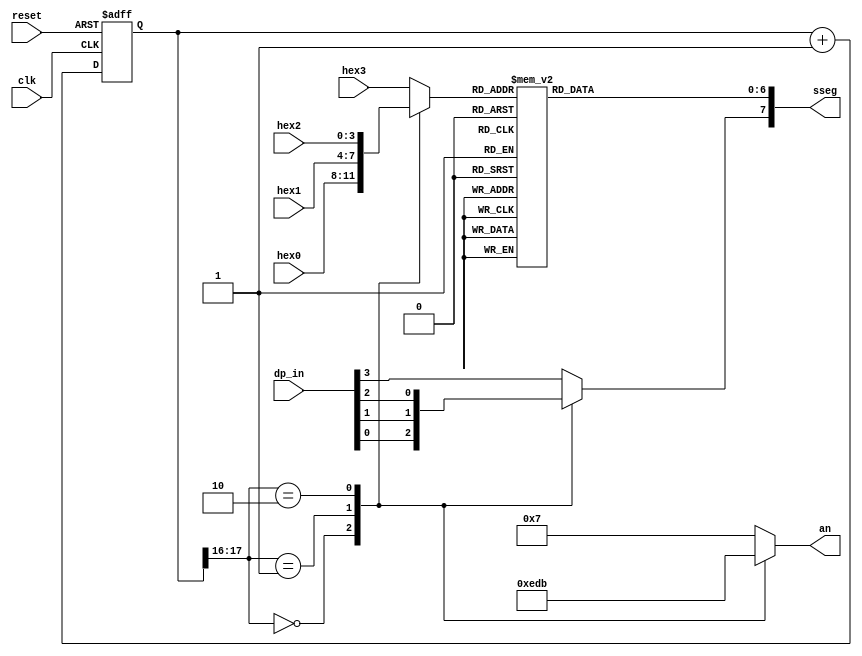
module sevenseg(
    
	 input wire clk, reset, 
	 input wire [3:0] hex3, hex2, hex1, hex0,
	 input wire [3:0] dp_in,
	 
	 output reg [3:0] an,
	 output reg [7:0] sseg
	 );
	 

localparam N = 18;
//internal signal declaration
reg [N-1:0] q_reg; 
wire [N-1:0] q_next;
reg [3:0] hex_in;
reg dp;



//N-bit counter
always @(posedge clk, posedge reset)
	if (reset)
		q_reg <= 0;
	else 
		q_reg <= q_next;
		
	//	next state logic 
		assign q_next = q_reg + 1;
  

 //2 MSBs of counter to control 4 to 1 mux and generate active low ensable signal 
always @(*)
	case (q_reg[N-1:N-2])
		2'b00:
			begin
				an = 4'b1110;
				hex_in = hex0;
				dp = dp_in[0];
			end
		2'b01:
			begin 
				an = 4'b1101;
				hex_in = hex1;
				dp = dp_in[1];
			end
		2'b10:
			begin
				an = 4'b1011;
				hex_in = hex2;
				dp = dp_in[2];
			end
		default:
			begin
				an=4'b0111;
				hex_in = hex3;
				dp = dp_in[3];
			end
		endcase
		 
always @(*)
 begin
case(hex_in)
 
  4'h0: sseg[6:0] = 7'b0000001; // 1111111 => 0
    4'h1: sseg[6:0] = 7'b1001111; // 0110000 => 1 
    4'h2: sseg[6:0] = 7'b0010010; // 1101101 => 2
    4'h3: sseg[6:0] = 7'b0001100; // 1111001 => 3
    4'h4: sseg[6:0] = 7'b1001100; // 0110011 => 4
    4'h5: sseg[6:0] = 7'b0100100; // 1011011 => 5
    4'h6: sseg[6:0] = 7'b0100000; // 1011111 => 6
    4'h7: sseg[6:0] = 7'b0001111; //         => 7 
    4'h8: sseg[6:0] = 7'b0000000; //         => 8
    4'h9: sseg[6:0] = 7'b0000100;//          => 9
    default: sseg[6:0] = 7'b0111000;
 
  endcase
 
 sseg[7] = dp;
 end 
	endmodule